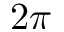
2 \pi